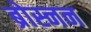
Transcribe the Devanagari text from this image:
ब्रोस्नन